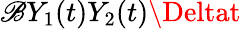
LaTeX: \mathscr{B}Y_{1}(t)Y_{2}(t)\Deltat